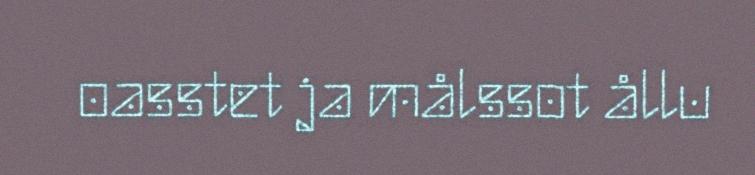
oasstet ja målssot ållu